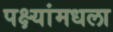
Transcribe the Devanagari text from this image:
पक्ष्यांमधला